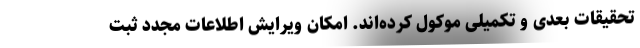
تحقیقات بعدی و تکمیلی موکول کرده‌اند. امکان ویرایش اطلاعات مجدد ثبت